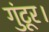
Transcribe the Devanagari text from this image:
गुंटूर।